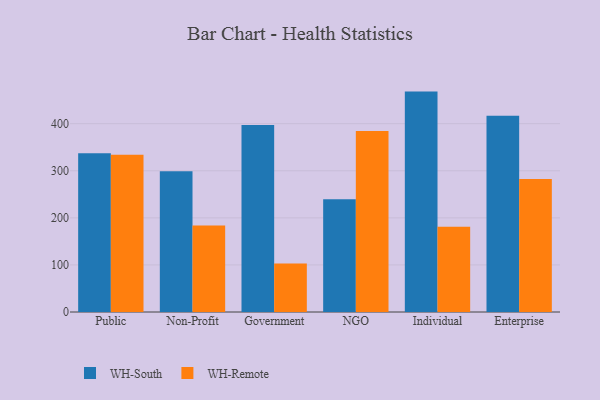
{"axis": {"x": "Segment", "y": "Temperature (°C)"}, "legend": ["WH-Remote", "WH-South"], "data": [{"x": "Public", "y": 337.4, "type": "WH-South"}, {"x": "Public", "y": 334.1, "type": "WH-Remote"}, {"x": "Non-Profit", "y": 299.0, "type": "WH-South"}, {"x": "Non-Profit", "y": 184.0, "type": "WH-Remote"}, {"x": "Government", "y": 397.3, "type": "WH-South"}, {"x": "Government", "y": 103.1, "type": "WH-Remote"}, {"x": "NGO", "y": 239.6, "type": "WH-South"}, {"x": "NGO", "y": 384.7, "type": "WH-Remote"}, {"x": "Individual", "y": 468.2, "type": "WH-South"}, {"x": "Individual", "y": 181.2, "type": "WH-Remote"}, {"x": "Enterprise", "y": 416.7, "type": "WH-South"}, {"x": "Enterprise", "y": 282.8, "type": "WH-Remote"}]}